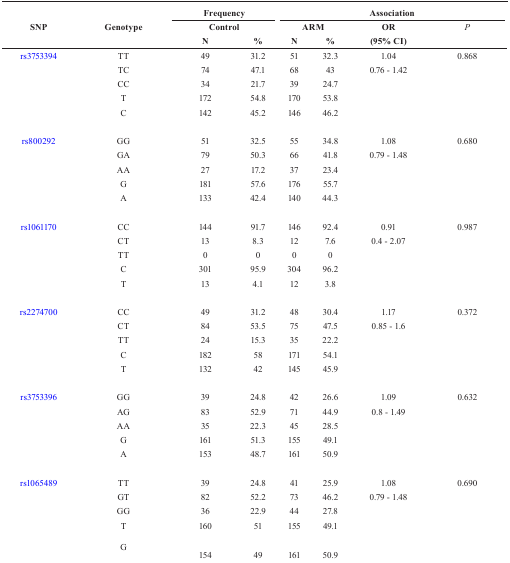
<table><thead><tr><td rowspan="3"><b>SNP</b></td><td rowspan="3"><b>Genotype</b></td><td colspan="2"><b>Frequency</b></td><td colspan="4"><b>Association</b></td></tr><tr><td colspan="2"><b>Control</b></td><td colspan="2"><b>ARM</b></td><td><b>OR</b></td><td><b><i>P</i></b></td></tr><tr><td><b>N</b></td><td><b>%</b></td><td><b>N</b></td><td><b>%</b></td><td><b>(95% CI)</b></td><td></td></tr></thead><tbody><tr><td>rs3753394</td><td>TT</td><td>49</td><td>31.2</td><td>51</td><td>32.3</td><td>1.04</td><td>0.868</td></tr><tr><td></td><td>TC</td><td>74</td><td>47.1</td><td>68</td><td>43</td><td>0.76 - 1.42</td><td></td></tr><tr><td></td><td>CC</td><td>34</td><td>21.7</td><td>39</td><td>24.7</td><td></td><td></td></tr><tr><td></td><td>T</td><td>172</td><td>54.8</td><td>170</td><td>53.8</td><td></td><td></td></tr><tr><td></td><td>C</td><td>142</td><td>45.2</td><td>146</td><td>46.2</td><td></td><td></td></tr><tr><td>rs800292</td><td>GG</td><td>51</td><td>32.5</td><td>55</td><td>34.8</td><td>1.08</td><td>0.680</td></tr><tr><td></td><td>GA</td><td>79</td><td>50.3</td><td>66</td><td>41.8</td><td>0.79 - 1.48</td><td></td></tr><tr><td></td><td>AA</td><td>27</td><td>17.2</td><td>37</td><td>23.4</td><td></td><td></td></tr><tr><td></td><td>G</td><td>181</td><td>57.6</td><td>176</td><td>55.7</td><td></td><td></td></tr><tr><td></td><td>A</td><td>133</td><td>42.4</td><td>140</td><td>44.3</td><td></td><td></td></tr><tr><td>rs1061170</td><td>CC</td><td>144</td><td>91.7</td><td>146</td><td>92.4</td><td>0.91</td><td>0.987</td></tr><tr><td></td><td>CT</td><td>13</td><td>8.3</td><td>12</td><td>7.6</td><td>0.4 - 2.07</td><td></td></tr><tr><td></td><td>TT</td><td>0</td><td>0</td><td>0</td><td>0</td><td></td><td></td></tr><tr><td></td><td>C</td><td>301</td><td>95.9</td><td>304</td><td>96.2</td><td></td><td></td></tr><tr><td></td><td>T</td><td>13</td><td>4.1</td><td>12</td><td>3.8</td><td></td><td></td></tr><tr><td>rs2274700</td><td>CC</td><td>49</td><td>31.2</td><td>48</td><td>30.4</td><td>1.17</td><td>0.372</td></tr><tr><td></td><td>CT</td><td>84</td><td>53.5</td><td>75</td><td>47.5</td><td>0.85 - 1.6</td><td></td></tr><tr><td></td><td>TT</td><td>24</td><td>15.3</td><td>35</td><td>22.2</td><td></td><td></td></tr><tr><td></td><td>C</td><td>182</td><td>58</td><td>171</td><td>54.1</td><td></td><td></td></tr><tr><td></td><td>T</td><td>132</td><td>42</td><td>145</td><td>45.9</td><td></td><td></td></tr><tr><td>rs3753396</td><td>GG</td><td>39</td><td>24.8</td><td>42</td><td>26.6</td><td>1.09</td><td>0.632</td></tr><tr><td></td><td>AG</td><td>83</td><td>52.9</td><td>71</td><td>44.9</td><td>0.8 - 1.49</td><td></td></tr><tr><td></td><td>AA</td><td>35</td><td>22.3</td><td>45</td><td>28.5</td><td></td><td></td></tr><tr><td></td><td>G</td><td>161</td><td>51.3</td><td>155</td><td>49.1</td><td></td><td></td></tr><tr><td></td><td>A</td><td>153</td><td>48.7</td><td>161</td><td>50.9</td><td></td><td></td></tr><tr><td>rs1065489</td><td>TT</td><td>39</td><td>24.8</td><td>41</td><td>25.9</td><td>1.08</td><td>0.690</td></tr><tr><td></td><td>GT</td><td>82</td><td>52.2</td><td>73</td><td>46.2</td><td>0.79 - 1.48</td><td></td></tr><tr><td></td><td>GG</td><td>36</td><td>22.9</td><td>44</td><td>27.8</td><td></td><td></td></tr><tr><td></td><td>T</td><td>160</td><td>51</td><td>155</td><td>49.1</td><td></td><td></td></tr><tr><td></td><td>G</td><td>154</td><td>49</td><td>161</td><td>50.9</td><td></td><td></td></tr></tbody></table>